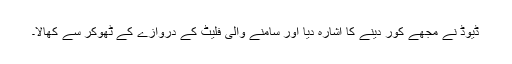
ڈیوڈ نے مجھے کور دینے کا اشارہ دیا اور سامنے والی فلیٹ کے دروازے کے ٹھوکر سے کھالا۔